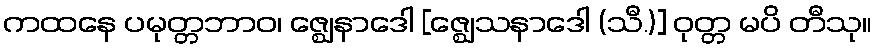
ကထနေ ပမုတ္တဘာဝ၊ ဇ္ဈေနာဒေါ [ဇ္ဈေသနာဒေါ (သီ.)] ဝုတ္တ မပိ တီသု။